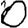
Digit: 0